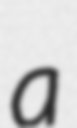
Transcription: a